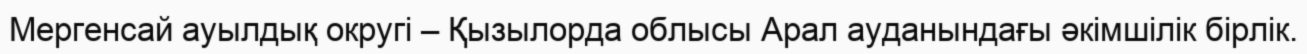
Мергенсай ауылдық округі – Қызылорда облысы Арал ауданындағы әкімшілік бірлік.